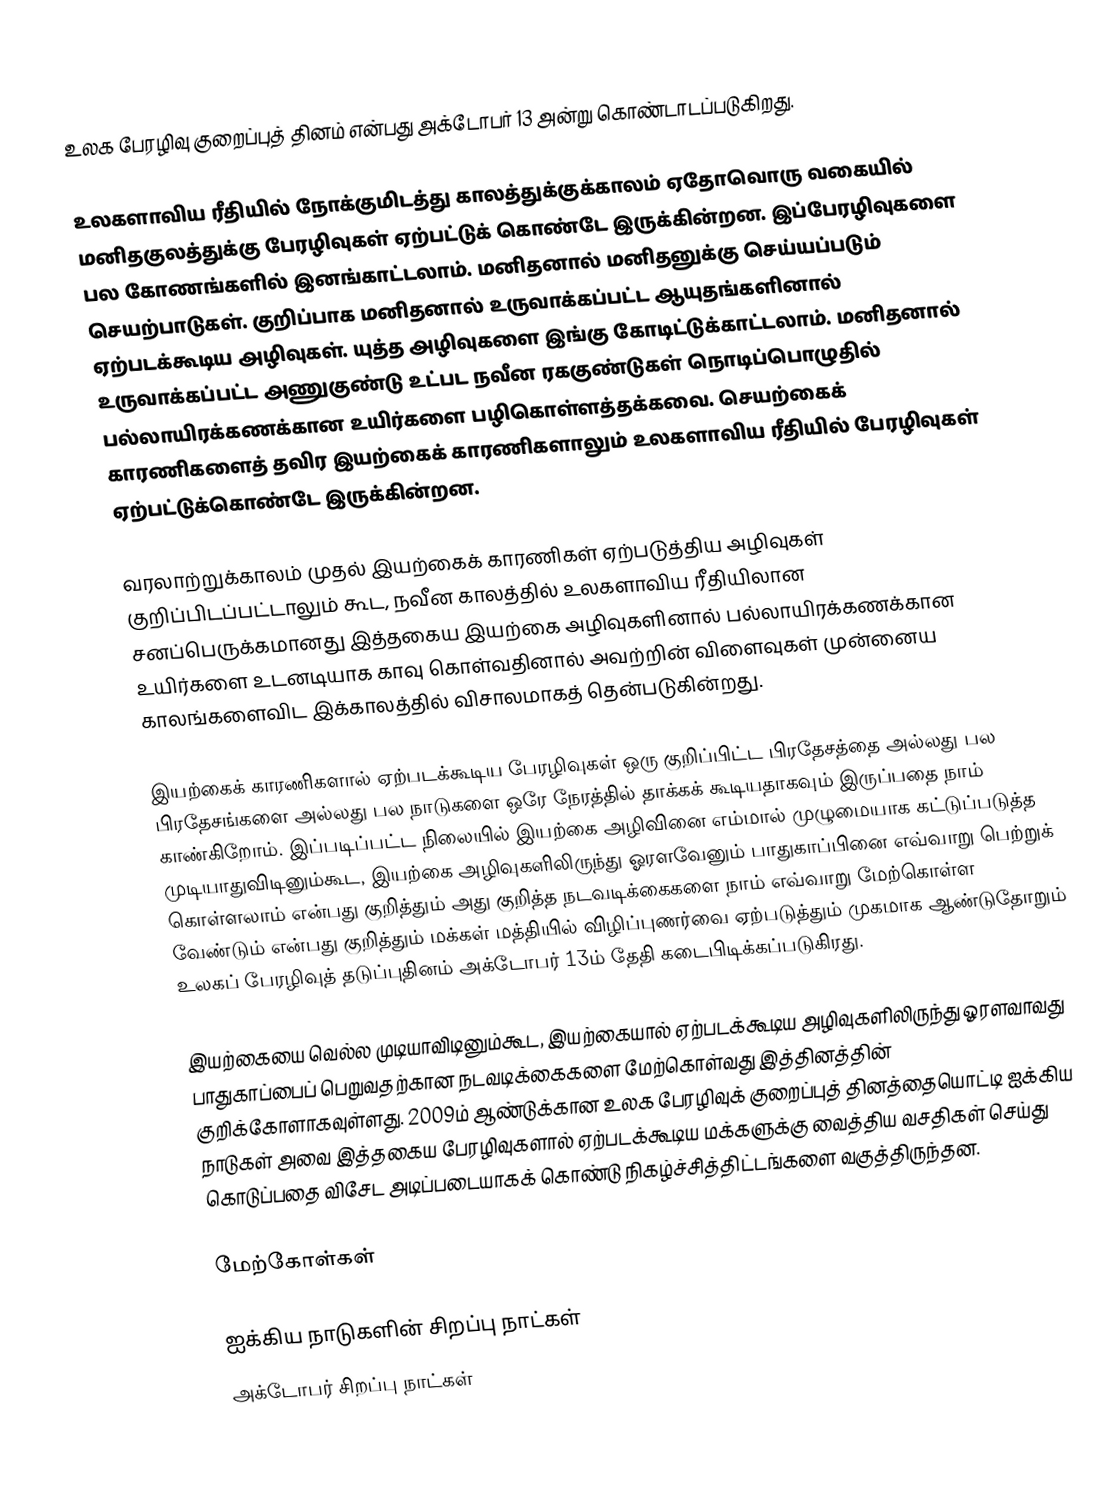
உலக பேரழிவு குறைப்புத் தினம் என்பது அக்டோபர் 13 அன்று கொண்டாடப்படுகிறது.

உலகளாவிய ரீதியில் நோக்குமிடத்து காலத்துக்குக்காலம் ஏதோவொரு வகையில் மனிதகுலத்துக்கு பேரழிவுகள் ஏற்பட்டுக் கொண்டே இருக்கின்றன. இப்பேரழிவுகளை பல கோணங்களில் இனங்காட்டலாம். மனிதனால் மனிதனுக்கு செய்யப்படும் செயற்பாடுகள். குறிப்பாக மனிதனால் உருவாக்கப்பட்ட ஆயுதங்களினால் ஏற்படக்கூடிய அழிவுகள். யுத்த அழிவுகளை இங்கு கோடிட்டுக்காட்டலாம். மனிதனால் உருவாக்கப்பட்ட அணுகுண்டு உட்பட நவீன ரககுண்டுகள் நொடிப்பொழுதில் பல்லாயிரக்கணக்கான உயிர்களை பழிகொள்ளத்தக்கவை. செயற்கைக் காரணிகளைத் தவிர இயற்கைக் காரணிகளாலும் உலகளாவிய ரீதியில் பேரழிவுகள் ஏற்பட்டுக்கொண்டே இருக்கின்றன.

வரலாற்றுக்காலம் முதல் இயற்கைக் காரணிகள் ஏற்படுத்திய அழிவுகள் குறிப்பிடப்பட்டாலும் கூட, நவீன காலத்தில் உலகளாவிய ரீதியிலான சனப்பெருக்கமானது இத்தகைய இயற்கை அழிவுகளினால் பல்லாயிரக்கணக்கான உயிர்களை உடனடியாக காவு கொள்வதினால் அவற்றின் விளைவுகள் முன்னைய காலங்களைவிட இக்காலத்தில் விசாலமாகத் தென்படுகின்றது.

இயற்கைக் காரணிகளால் ஏற்படக்கூடிய பேரழிவுகள் ஒரு குறிப்பிட்ட பிரதேசத்தை அல்லது பல பிரதேசங்களை அல்லது பல நாடுகளை ஒரே நேரத்தில் தாக்கக் கூடியதாகவும் இருப்பதை நாம் காண்கிறோம். இப்படிப்பட்ட நிலையில் இயற்கை அழிவினை எம்மால் முழுமையாக கட்டுப்படுத்த முடியாதுவிடினும்கூட, இயற்கை அழிவுகளிலிருந்து ஓரளவேனும் பாதுகாப்பினை எவ்வாறு பெற்றுக் கொள்ளலாம் என்பது குறித்தும் அது குறித்த நடவடிக்கைகளை நாம் எவ்வாறு மேற்கொள்ள வேண்டும் என்பது குறித்தும் மக்கள் மத்தியில் விழிப்புணர்வை ஏற்படுத்தும் முகமாக ஆண்டுதோறும் உலகப் பேரழிவுத் தடுப்புதினம் அக்டோபர் 13ம் தேதி கடைபிடிக்கப்படுகிரது.

இயற்கையை வெல்ல முடியாவிடினும்கூட, இயற்கையால் ஏற்படக்கூடிய அழிவுகளிலிருந்து ஓரளவாவது பாதுகாப்பைப் பெறுவதற்கான நடவடிக்கைகளை மேற்கொள்வது இத்தினத்தின் குறிக்கோளாகவுள்ளது. 2009ம் ஆண்டுக்கான உலக பேரழிவுக் குறைப்புத் தினத்தையொட்டி ஐக்கிய நாடுகள் அவை இத்தகைய பேரழிவுகளால் ஏற்படக்கூடிய மக்களுக்கு வைத்திய வசதிகள் செய்து கொடுப்பதை விசேட அடிப்படையாகக் கொண்டு நிகழ்ச்சித்திட்டங்களை வகுத்திருந்தன.

மேற்கோள்கள்

ஐக்கிய நாடுகளின் சிறப்பு நாட்கள்
அக்டோபர் சிறப்பு நாட்கள்